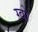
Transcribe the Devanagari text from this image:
ग्वो